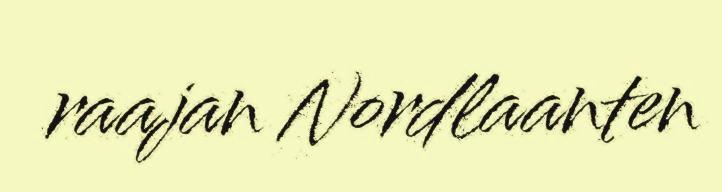
raajan Nordlaanten